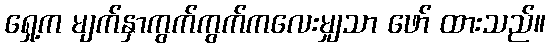
ရှေ့က မျက်နှာကွက်ကွက်ကလေးမျှသာ ဖော် ထားသည်။